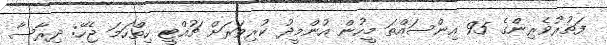
ފަތުރުވެރިންގެ 95 އިންސައްތަ މީހުން އުންމީދު ކުރިވަރަށް ޗުއްޓީ ހިތްހަމަ ޖެހޭ: ދިރާސާ